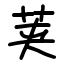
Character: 荚